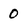
Character: 0